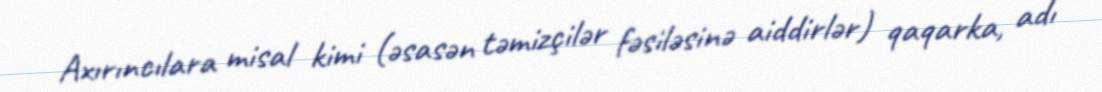
Axırıncılara misal kimi (əsasən təmizçilər fəsiləsinə aiddirlər) qaqarka, adı